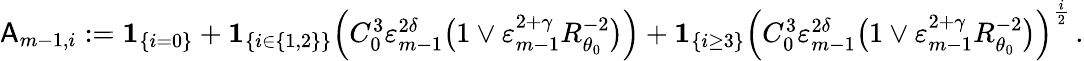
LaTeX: \begin{array}{r}{\mathsf{A}_{m-1,i}:={\mathbf 1}_{\{ i=0\} }+{\mathbf 1}_{\{ i\in\{ 1,2\} \} }\Bigl(C_{0}^{3}\varepsilon_{m-1}^{2\delta}\bigl(1\vee\varepsilon_{m-1}^{2+\gamma}R_{\theta_{0}}^{-2}\bigr)\Bigr)+{\mathbf 1}_{\{ i\geq 3\} }\Bigl(C_{0}^{3}\varepsilon_{m-1}^{2\delta}\bigl(1\vee\varepsilon_{m-1}^{2+\gamma}R_{\theta_{0}}^{-2}\bigr)\Bigr)^{\frac{i}{2}}\, .}\end{array}